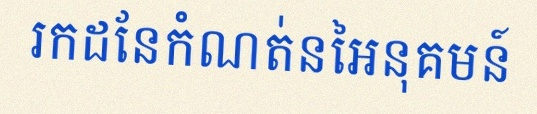
រកដែនកំណត់នៃអនុគមន៍